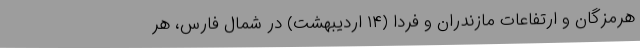
هرمزگان و ارتفاعات مازندران و فردا (۱۴ اردیبهشت) در شمال فارس، هر